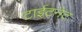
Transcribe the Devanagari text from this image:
टाईटनेट